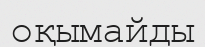
оқымайды